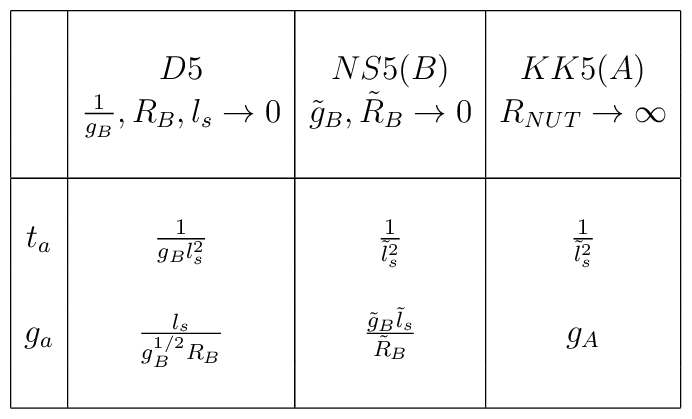
\begin{array}{|c|c|c|c|} \hline & & & \\& D5 & NS5(B) & KK5(A) \\  & {1 \over g_B}, R_B, l_s \rightarrow 0 & {\tilde g}_B, \tilde{R}_B \rightarrow 0 & R_{NUT} \rightarrow \infty \\ & & & \\ \hline & & & \\t_a & {1 \over g_B l_s^2} & {1 \over \tilde{l}_s^2} & {1 \over {\tilde l}_s^2} \\ & & & \\g_a & {l_s \over g_B^{1 / 2} R_B} & {{\tilde g}_B \tilde{l}_s \over \tilde{R}_B} & g_A \\ & & & \\\hline \end{array}